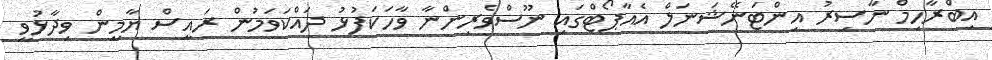
އިބްރާހިމް ނާސިރު އިންޓަނޭޝަނަލް އެއާޕޯޓްގައި ނޫސްވެރިންނާ ވާހަކަފުޅު ދައްކަވަމުން ރައީސް ޔާމީން ވިދާޅުވީ